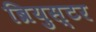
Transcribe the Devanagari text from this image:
ब्रियुस्टर